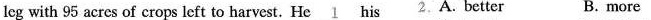
leg with 95 acres of crops left to harvest. He \underline{1} his A. Better B.more